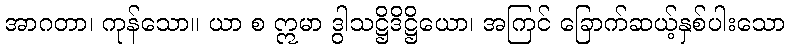
အာဂတာ၊ ကုန်သော။ ယာ စ ဣမာ ဒွါသဋ္ဌိဒိဋ္ဌိယော၊ အကြင် ခြောက်ဆယ့်နှစ်ပါးသော